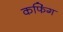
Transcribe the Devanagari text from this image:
कफिंग